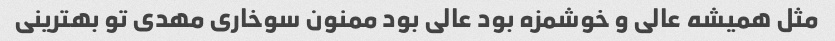
مثل همیشه عالی و خوشمزه بود عالی بود ممنون سوخاری مهدی تو بهترینی